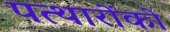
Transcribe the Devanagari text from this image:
पत्थारोंको